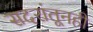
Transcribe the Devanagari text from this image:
सदरांतूनही